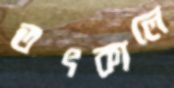
তৎকালে